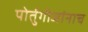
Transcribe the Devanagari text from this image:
पोर्तुगीजांनाच